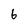
Character: 6